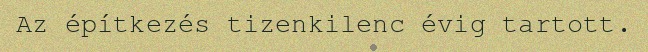
Az építkezés tizenkilenc évig tartott.